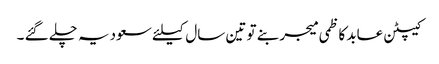
کیپٹن عابد کاظمی میجر بنے تو تین سال کیلئے سعودیہ چلے گئے ۔